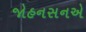
જોહનસનએ